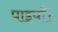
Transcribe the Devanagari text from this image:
पाइयाँ।